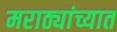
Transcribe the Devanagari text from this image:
मराठ्यांच्यात